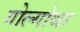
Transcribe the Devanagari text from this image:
गोल्गोथा